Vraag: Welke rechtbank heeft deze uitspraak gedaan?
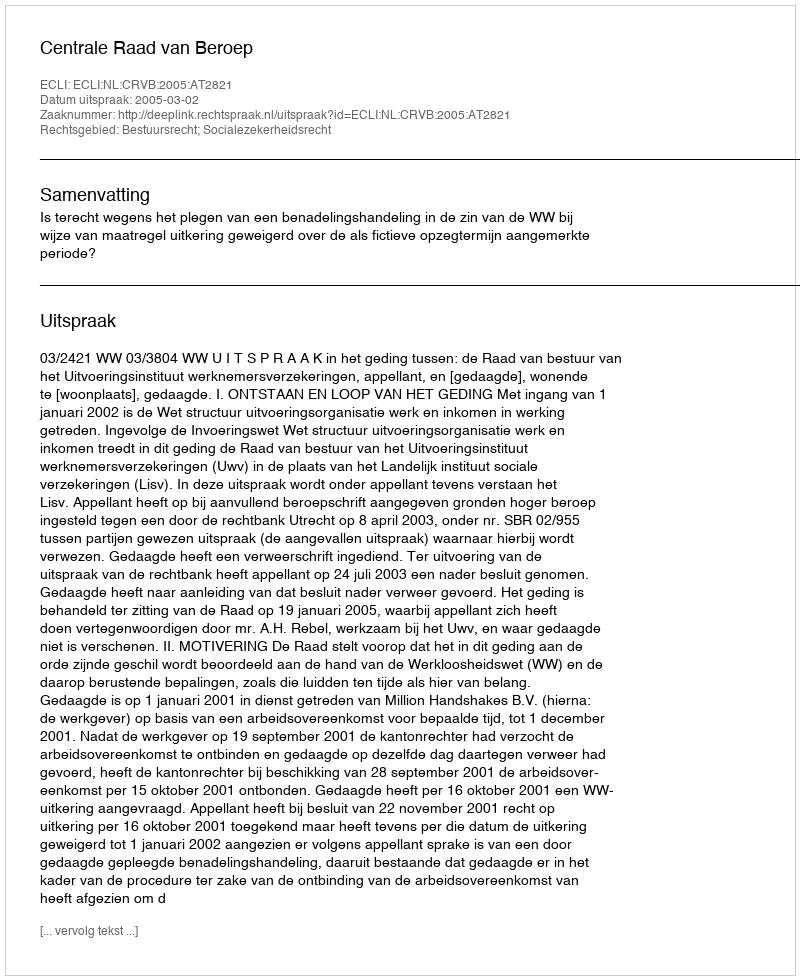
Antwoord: Centrale Raad van Beroep